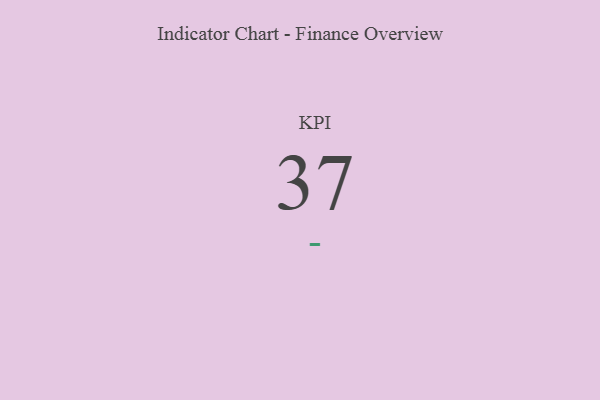
{"axis": {"x": "KPI", "y": "Value"}, "legend": [""], "data": [{"x": "KPI", "y": 37, "type": ""}]}